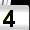
Digit: 4